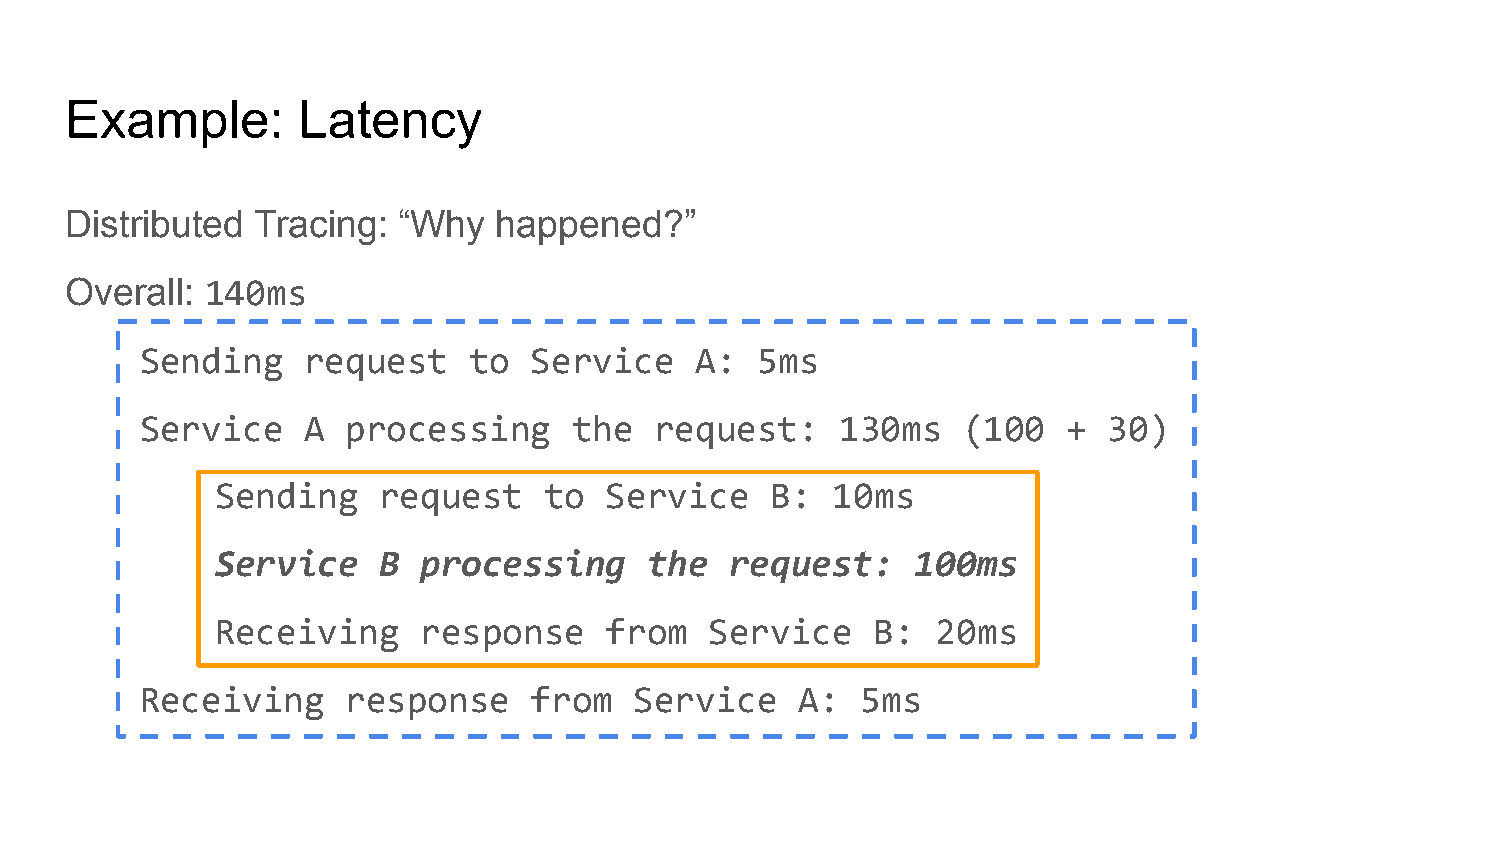
Example:        Latency
 Distributed  Tracing: “Why   happened?”
 Overall:  140ms
 Sending    request    to  Service    A:  5ms
 Service    A  processing     the  request:     130ms   (100   + 30)
 Sending    request    to  Service    B:  10ms
 Service    B  processing     the  request:     100ms
 Receiving     response    from   Service    B:  20ms
 Receiving     response    from   Service    A:  5ms